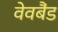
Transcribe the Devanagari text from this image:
वेवबैंड